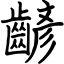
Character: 齴